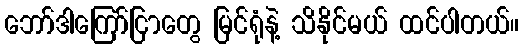
ဘော်ဒါကြော်ငြာတွေ မြင်ရုံနဲ့ သိနိုင်မယ် ထင်ပါတယ်။